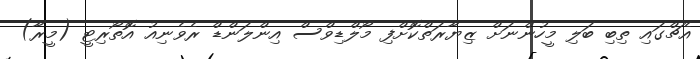
އެޗްގައި ތިބި ބަލި މީހުންނަށް ޒިޔާރަތްކޮށްފި މޯލްޑިވްސް އިންލަންޑް ރެވެނިއު އޮތޯރިޓީ (މީރާ)